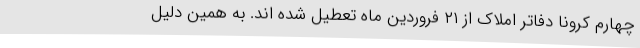
چهارم کرونا دفاتر املاک از ۲۱ فروردین ماه تعطیل شده اند. به همین دلیل